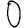
Digit: 0